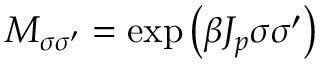
M _ { \sigma \sigma ^ { \prime } } = \exp \left( \beta J _ { p } \sigma \sigma ^ { \prime } \right)